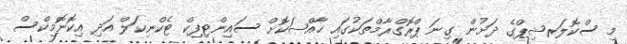
މި ސްކޮލަރޝިޕްގެ ދަށުން ގިނަ ޕްރޮގްރާމްތަކުގައި ޚާއްޞަކޮށް ސައިންޓިފިކް ޓެކްނިކަލް އަދި އިކޮނޮމިކްސް